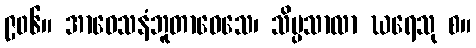
၉၀၆။ အာဝေသနံဘူတာဝေသေ၊ သိပ္ပသာလာ ဃရေသု စ။